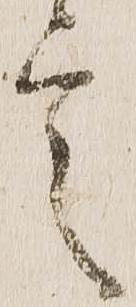
言